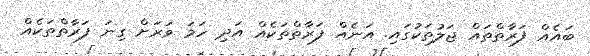
ބައެއް ފަރާތްތައް ޖަލުތަކުގައި. އަނެއް ފަރާތްތަކެއް އަދި ހަމަ ވަރަށް ގިނަ ފަރާތްތަކެއް